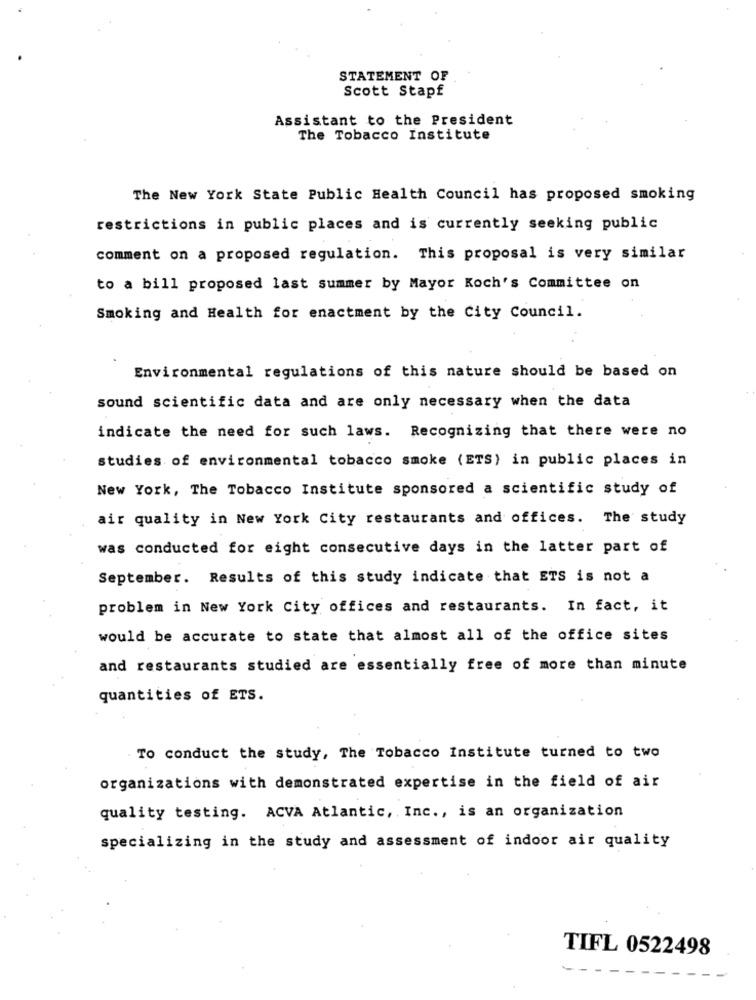
STATEMENT OF
Scott Stapf
Assistant to the President
The Tobacco Institute
The New York State Public Health Council has proposed smoking
restrictions in public places and is currently seeking public
comment on a proposed regulation. This proposal is very similar
to a bill proposed last summer by Mayor Koch's Committee on
Smoking and Health for enactment by the City Council.
Environmental regulations of this nature should be based on
sound scientific data and are only necessary when the data
indicate the need for such laws. Recognizing that there were no
studies of environmental tobacco smoke (ETS) in public places in
New York, The Tobacco Institute sponsored a scientific study of
air quality in New York City restaurants and offices. The study
was conducted for eight consecutive days in the latter part of
September. Results of this study indicate that ETS is not a
problem in New York City offices and restaurants. In fact, it
would be accurate to state that almost all of the office sites
and restaurants studied are essentially free of more than minute
quantities of ETS.
To conduct the study, The Tobacco Institute turned to two
organizations with demonstrated expertise in the field of air
quality testing. ACVA Atlantic, Inc ., is an organization
specializing in the study and assessment of indoor air quality
TIFL 0522498